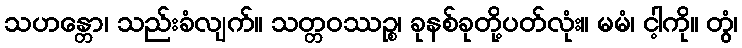
သဟန္တော၊ သည်းခံလျက်။ သတ္တဝဿဉ္စ၊ ခုနစ်ခုတို့ပတ်လုံး။ မမံ၊ ငါ့ကို။ တွံ၊